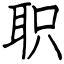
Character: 职